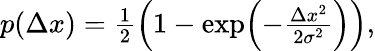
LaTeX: \begin{array}{r}{p(\Delta x)=\frac{1}{2}\Bigl(1-\exp\Bigl(-\frac{\Delta x^{2}}{2\sigma^{2}}\Bigr)\Bigr),}\end{array}